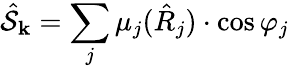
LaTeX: \hat{\mathcal{S}}_{\mathbf{k}}=\sum_{j}\mu_{j}(\hat{R}_{j})\cdot\cos\varphi_{j}